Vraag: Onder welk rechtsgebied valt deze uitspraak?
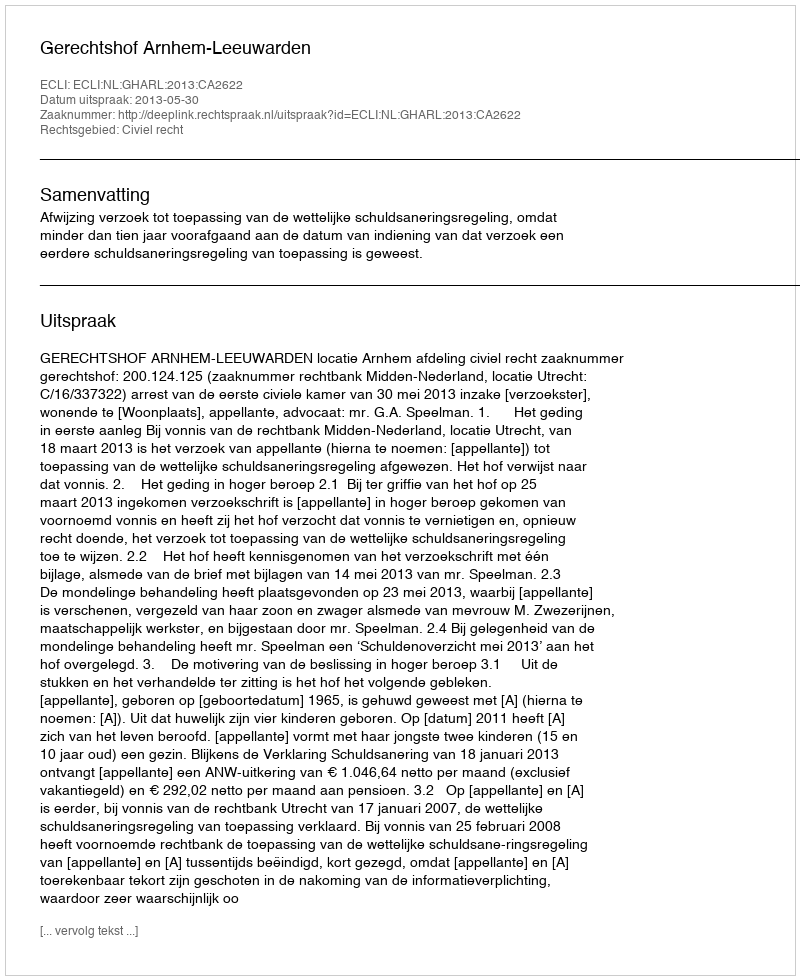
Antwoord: Civiel recht